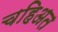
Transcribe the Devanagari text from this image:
चहिअत